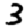
Digit: 3